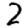
Digit: 2